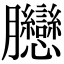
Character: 𦣛